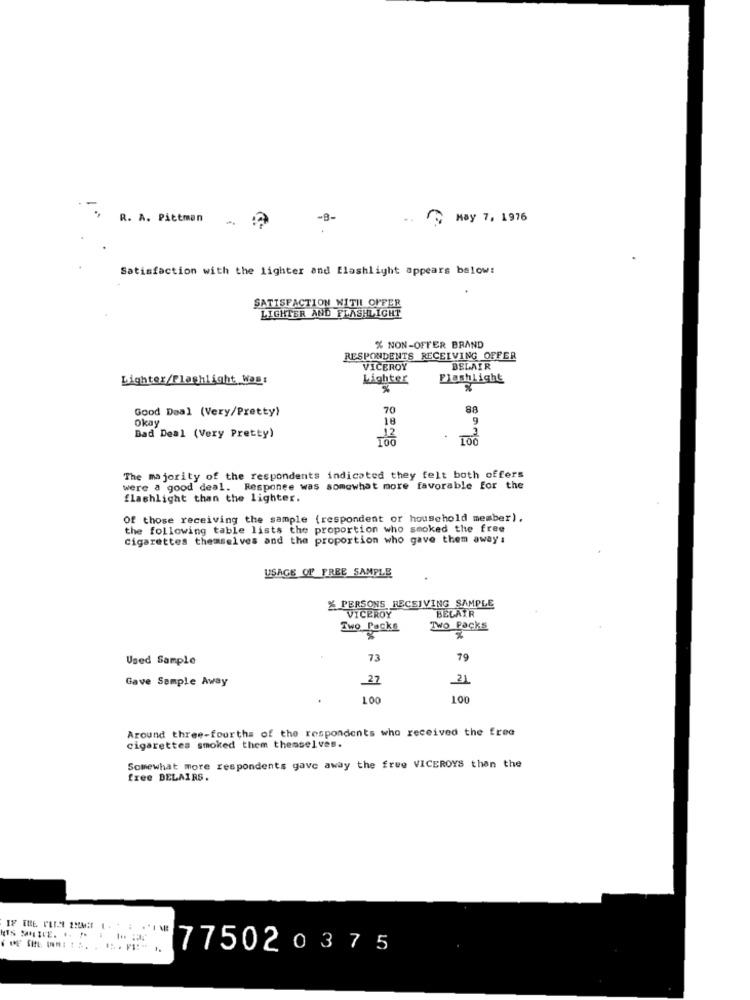
-B-
.. May 7, 1976
R. A. Pittman
Satisfaction with the lighter and flashlight appears below:
SATISFACTION WITH OFFER
LIGHTER AND FLASHLIGHT
% NON-OFFER BRAND
RESPONDENTS RECEIVING OFFER
VICEROY
BELAIR
Lighter/Flashlight Was:
Lighter
Flashlight
Good Deal (Very/Pretty)
70
88
Okay
18
9
Bad Deal (Very Pretty)
2208
The majority of the respondents indicated they felt both offers
were a good deal. Responee was somewhat more favorable for the
flashlight than the lighter.
Of those receiving the sample (respondent or household member).
the following table lists the proportion who smoked the free
cigarettes themselves and the proportion who gave them away :
USAGE OF FREE SAMPLE
RSONS RECEIVING SAMPLE
BELAIR
PRICEROY
Two Packs
Two Packs
Used Sample
73
79
Gave Sample Away
27
21
100
100
Around three-fourths of the respondents who received the free
cigarettes smoked them themselves.
Somewhat more respondents gave away the free VICEROYS than the
free DELAIRS.
775020375